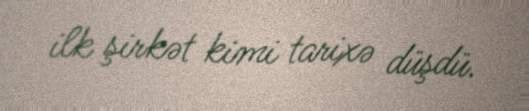
ilk şirkət kimi tarixə düşdü.